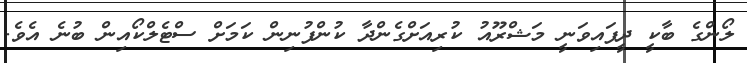
ލޯންގެ ބާކީ ދީފައިވަނީ މަޝްރޫއު ކުރިއަށްގެންދާ ކުންފުނިން ކަމަށް ސްޓެލްކޯއިން ބުނެ އެވެ.